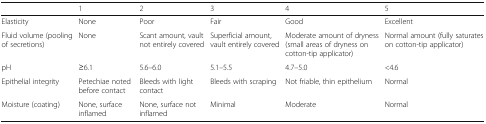
|  | 1 | 2 | 3 | 4 | 5 |
 | --- | --- | --- | --- | --- | --- |
 | Elasticity | None | Poor | Fair | Good | Excellent |
 | Fluid volume (pooling of secretions) | None | Scant amount, vault not entirely covered | Superficial amount, vault entirely covered | Moderate amount of dryness (small areas of dryness on cotton-tip applicator) | Normal amount (fully saturates on cotton-tip applicator) |
 | pH | ≥6.1 | 5.6–6.0 | 5.1–5.5 | 4.7–5.0 | <4.6 |
 | Epithelial integrity | Petechiae noted before contact | Bleeds with light contact | Bleeds with scraping | Not friable, thin epithelium | Normal |
 | Moisture (coating) | None, surface inflamed | None, surface not inflamed | Minimal | Moderate | Normal |